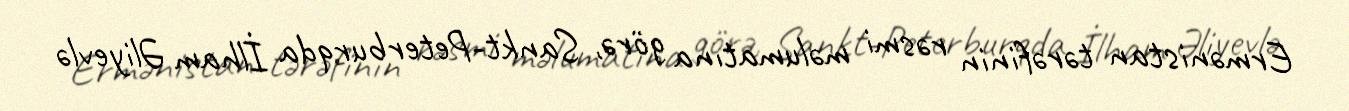
Ermənistan tərəfinin rəsmi məlumatına görə, Sankt-Peterburqda İlham Əliyevlə